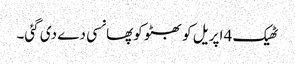
ٹھیک 4 اپریل کو بھٹو کوپھانسی دے دی گئی۔